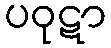
ပဝုဋာ